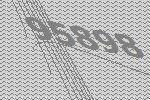
95898